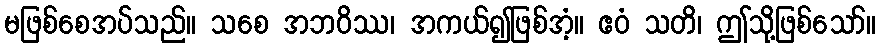
မဖြစ်စေအပ်သည်။ သစေ အဘဝိဿ၊ အကယ်၍ဖြစ်အံ့။ ဧဝံ သတိ၊ ဤသို့ဖြစ်သော်။